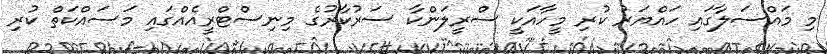
މި މައްސަލާގައި ހައްޔަރު ކުރި މީހާއަކީ ސްރީލަންކާ ސަރުކާރުގެ މިނިސްޓްރީއެއްގައި މަސައްކަތް ކުރި